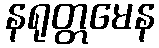
နရုတ္တမေန